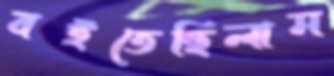
বইতেছিলাম